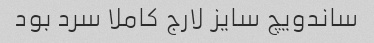
ساندویچ سایز لارج کاملا سرد بود